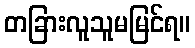
တခြားလူသူမမြင်ရ။